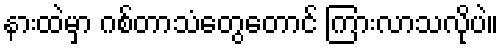
နားထဲမှာ ဂစ်တာသံတွေတောင် ကြားလာသလိုပဲ။